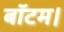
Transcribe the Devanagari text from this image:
बॉटम।